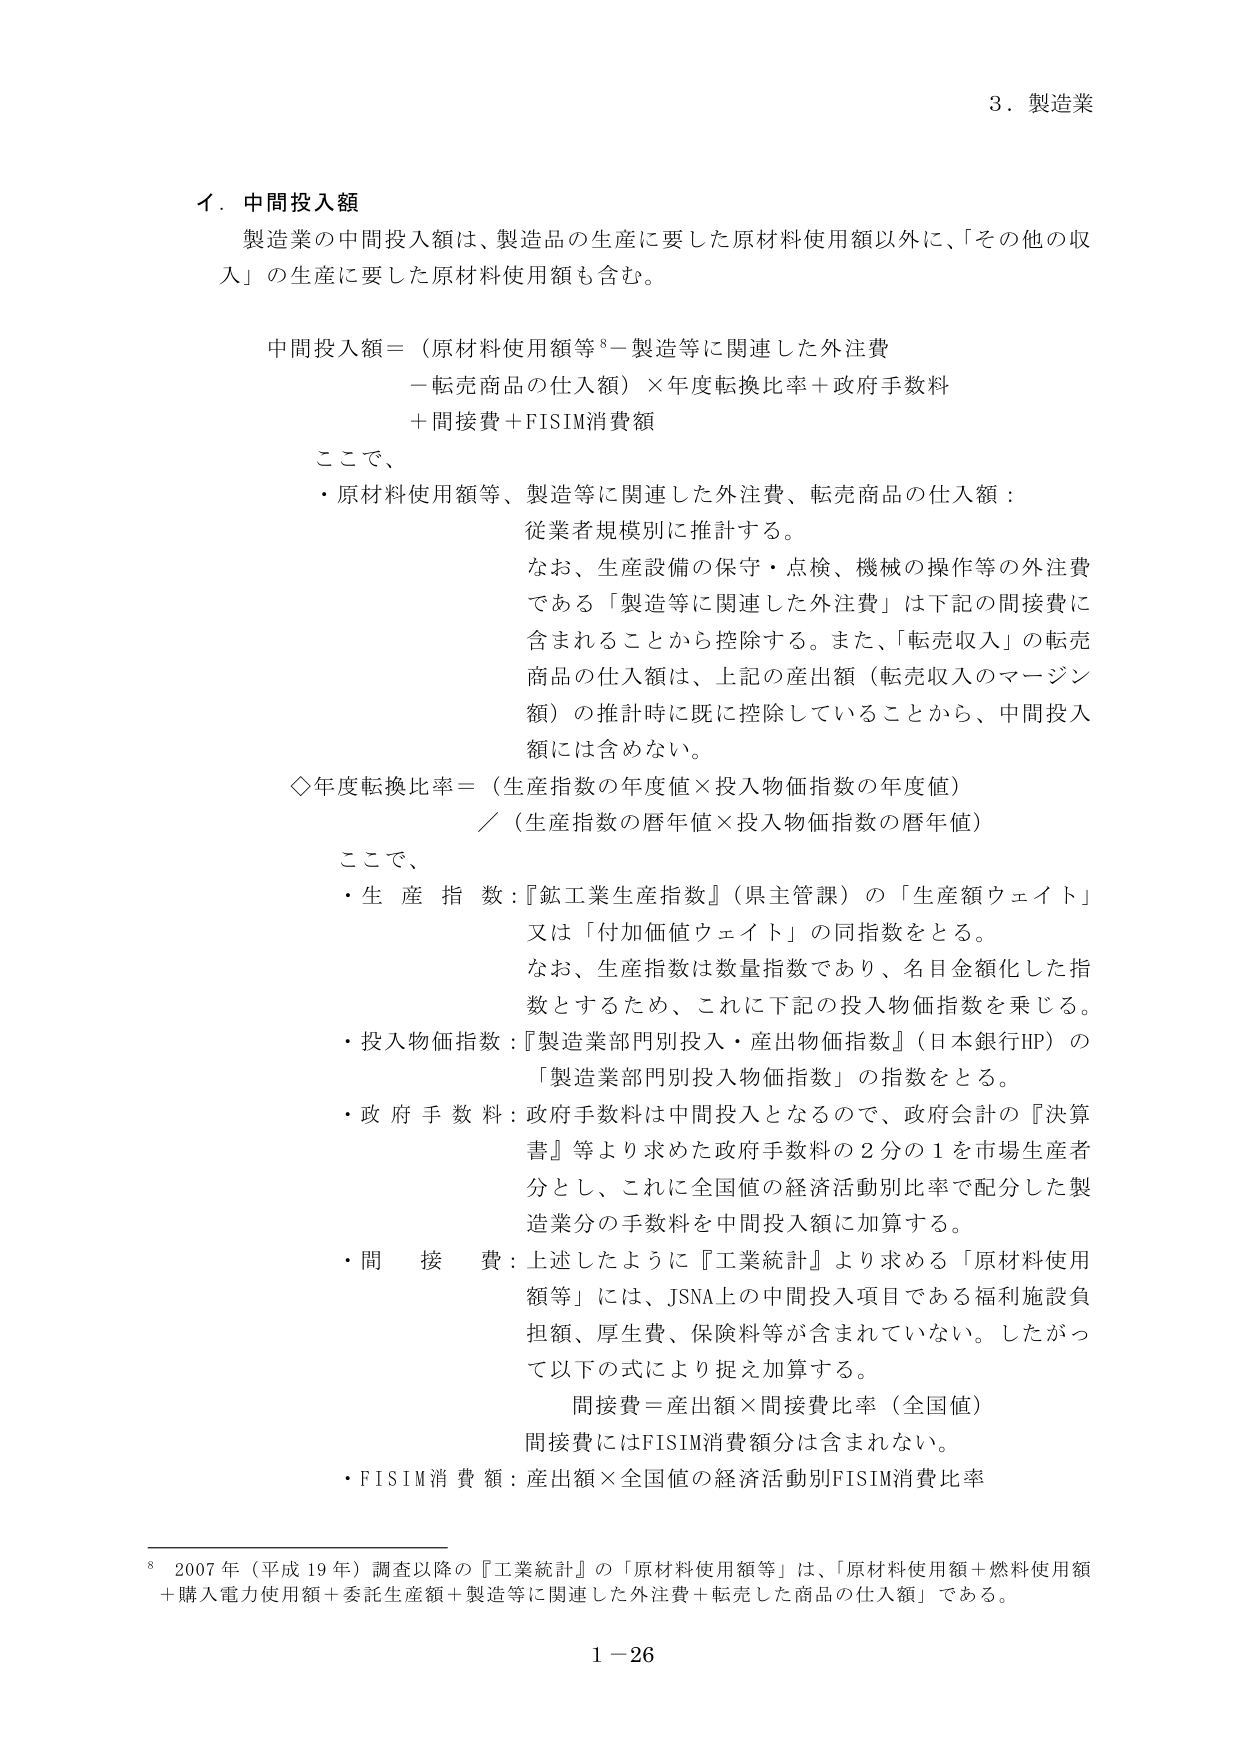
3．製造業

イ．中間投入額

製造業の中間投入額は、製造品の生産に要した原材料使用額以外に、「その他の収入」の生産に要した原材料使用額も含む。

中間投入額＝（原材料使用額等⁸－製造等に関連した外注費
－転売商品の仕入額）×年度転換比率＋政府手数料
＋間接費＋FISIM消費額

ここで、
・原材料使用額等、製造等に関連した外注費、転売商品の仕入額：
　従業者規模別に推計する。
　なお、生産設備の保守・点検、機械の操作等の外注費
　である「製造等に関連した外注費」は下記の間接費に
　含まれることから控除する。また、「転売収入」の転売
　商品の仕入額は、上記の産出額（転売収入のマージン
　額）の推計時に既に控除していることから、中間投入
　額には含めない。

◇年度転換比率＝（生産指数の年度値×投入物価指数の年度値）
／（生産指数の暦年値×投入物価指数の暦年値）

ここで、
・生産指数：『鉱工業生産指数』（県主管課）の「生産額ウェイト」
　又は「付加価値ウェイト」の同指数をとる。
　なお、生産指数は数量指数であり、名目金額化した指
　数とするため、これに下記の投入物価指数を乗じる。
・投入物価指数：『製造業部門別投入・産出物価指数』（日本銀行HP）の
　「製造業部門別投入物価指数」の指数をとる。
・政府手数料：政府手数料は中間投入となるので、政府会計の『決算
　書』等より求めた政府手数料の２分の１を市場生産者
　分とし、これに全国値の経済活動別比率で配分した製
　造業分の手数料を中間投入額に加算する。
・間接費：上述したように『工業統計』より求める「原材料使用
　額等」には、JSNA上の中間投入項目である福利施設負
　担額、厚生費、保険料等が含まれていない。したがっ
　て以下の式により捉え加算する。
　　間接費＝産出額×間接費比率（全国値）
　　間接費にはFISIM消費額分は含まれない。
・FISIM消費額：産出額×全国値の経済活動別FISIM消費比率

⁸ 2007年（平成19年）調査以降の『工業統計』の「原材料使用額等」は、「原材料使用額＋燃料使用額
＋購入電力使用額＋委託生産額＋製造等に関連した外注費＋転売した商品の仕入額」である。

1－26